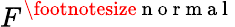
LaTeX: F^{\footnotesize{\mathrm{~n~o~r~m~a~l~}}}